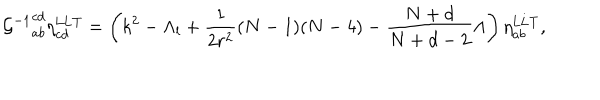
LaTeX: { { \cal G } ^ { - 1 } } _ { a b } ^ { c d } \eta _ { c d } ^ { \mathrm { L L T } } = \left( k ^ { 2 } - \Lambda _ { l } + \frac { 1 } { 2 r ^ { 2 } } ( N - 1 ) ( N - 4 ) - \frac { N + d } { N + d - 2 } \Lambda \right) \eta _ { a b } ^ { \mathrm { L L T } } ,